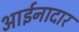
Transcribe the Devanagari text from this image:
आईनादार